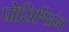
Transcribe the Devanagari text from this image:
पोसिश्निंग